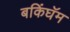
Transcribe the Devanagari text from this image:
बकिंघॅम